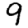
Digit: 9